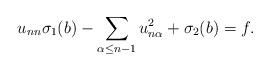
LaTeX: \begin{align*}u_{nn} \sigma_1 (b) - \sum_{\alpha \leq n-1} u_{n \alpha}^2 + \sigma_2 (b) = f.\end{align*}